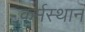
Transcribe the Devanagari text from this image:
कर्मस्थान